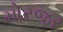
મોરજર